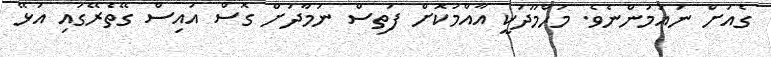
ގެއަށް ނައުމުންނެވެ. މަހްމޫދަކީ އާއްމުކޮށް ފަތިސް ނަމާދަށް ގޮސް އައިސް ގޭތެރޭގައި އުޅޭ